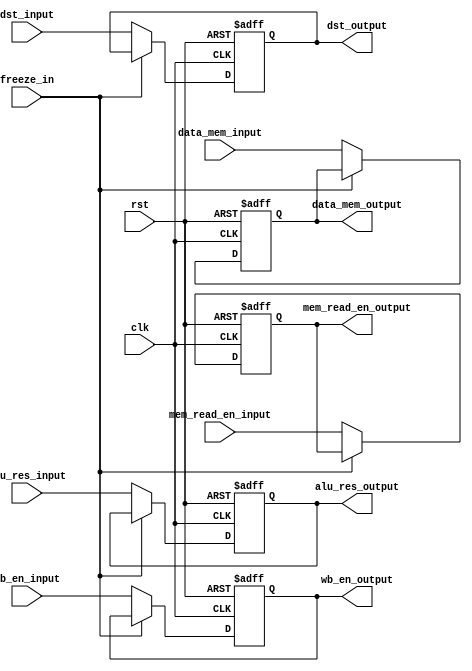
module MEM_WB_reg(
  input clk,
	input rst,
	input [31:0] alu_res_input,
	input [31:0] data_mem_input,
	input [3:0] dst_input,
	input mem_read_en_input,
	input wb_en_input,
	input freeze_in,

	output reg wb_en_output,
	output reg mem_read_en_output,
	output reg [31:0] alu_res_output,
	output reg [31:0] data_mem_output,
	output reg [3:0] dst_output
);
	always @ (posedge clk, posedge rst)begin
		if (rst)
			{wb_en_output,mem_read_en_output,alu_res_output,data_mem_output,dst_output} = 0;
		else if(~freeze_in)
			{wb_en_output, mem_read_en_output, alu_res_output, data_mem_output, dst_output} = 
        {wb_en_input, mem_read_en_input, alu_res_input, data_mem_input, dst_input};

	end
endmodule